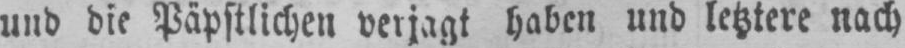
und die Päpstlichen verjagt haben und letztere nach